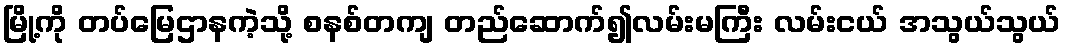
မြို့ကို တပ်မြေဌာနကဲ့သို့ စနစ်တကျ တည်ဆောက်၍လမ်းမကြီး လမ်းငယ် အသွယ်သွယ်